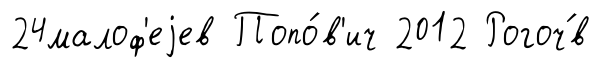
24малоф'еjев Попо́в'ич 2012 Рогоч́в